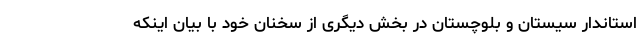
استاندار سیستان و بلوچستان در بخش دیگری ا‌ز سخنان خود با بیان اینکه